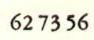
627356